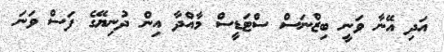
އަދި އޭނާ ވަނީ ބިޒްނަސް ސްޓަޑީސް މާއްދާ އިން ދުނިޔޭގެ ފަސް ވަނަ